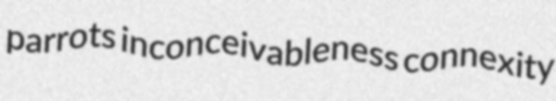
parrots inconceivableness connexity